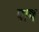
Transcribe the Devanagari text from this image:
पाष